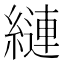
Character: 縺